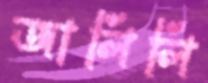
জালিলি